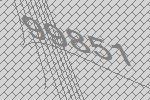
99851